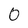
Character: 0